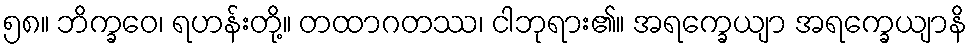
၅၈။ ဘိက္ခဝေ၊ ရဟန်းတို့။ တထာဂတဿ၊ ငါဘုရား၏။ အရက္ခေယျာ အရက္ခေယျာနိ